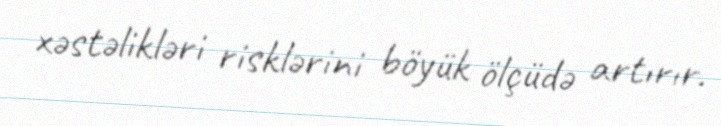
xəstəlikləri risklərini böyük ölçüdə artırır.